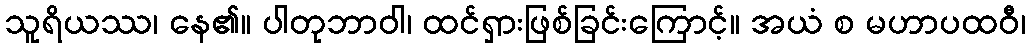
သူရိယဿ၊ နေ၏။ ပါတုဘာဝါ၊ ထင်ရှားဖြစ်ခြင်းကြောင့်။ အယံ စ မဟာပထဝီ၊